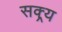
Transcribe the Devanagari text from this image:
सक्र्य